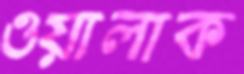
ওয়ালাক